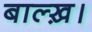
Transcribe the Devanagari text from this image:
बाल्ख़।